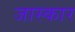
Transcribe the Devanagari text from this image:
जास्कार